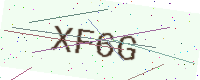
Text: XF6G